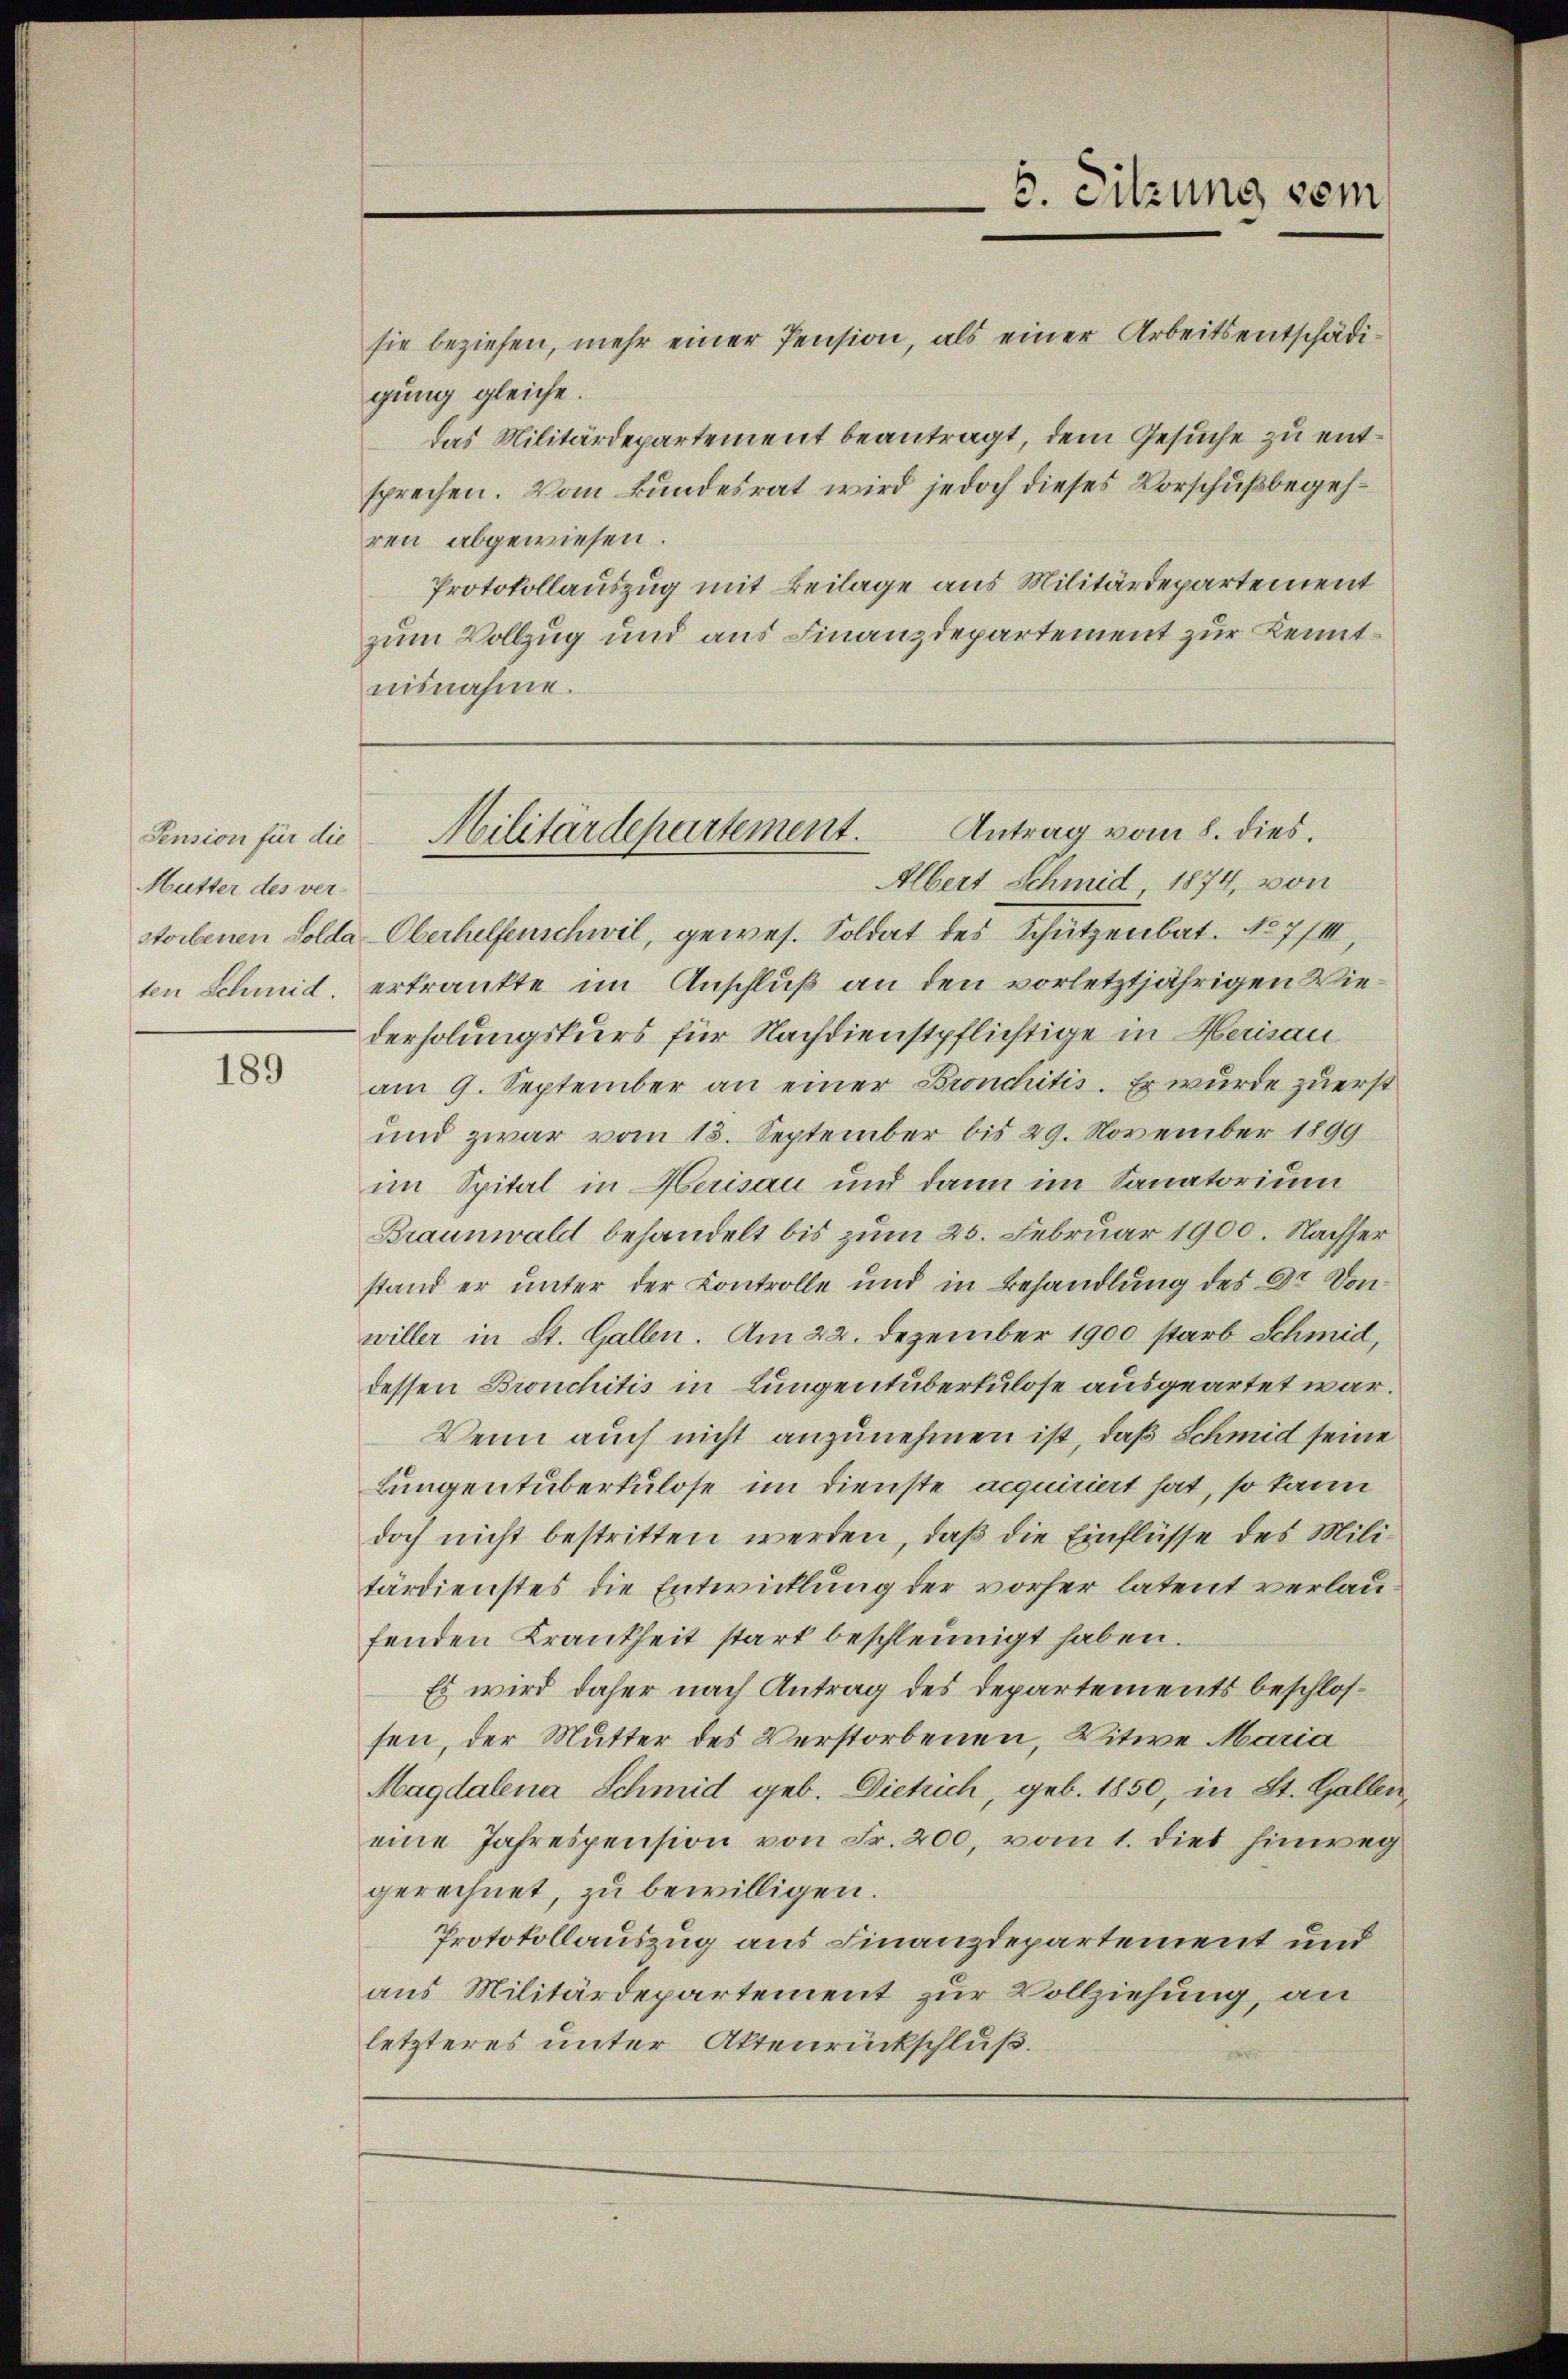
Mutter des ver¬

189

sie beziehen, mehr einer Pension, als einer Arbeitsentschädigung gleiche.
das Militärdepartement beantragt, dem Gesuche zu entsprechen. Vom Bundesrat wird jedoch dieses Vorschußbegehren abgewiesen.
Protokollauszug mit Beilage aus Militärdepartement
zum Vollzug und aus Finanzdepartement zur Kenntnisnahme.

6. Sitzung sein

Albert Schmid 1874, von
storbenen Solda-Oberhelfenschwil, gewes. Soldat des Schützenbat. No 7/III,
ten Schmid, erkrankte im Anschluß an den vorletztjährigen Wiederholungskurs für Nachdienstpflichtige in Herisau
am 9. September an einer Bronchitis. Er wurde zuerst
und zwar vom 13. September bis 29. November 1899
im Spital in Herisau und dann im Sanatorium
Braunwald behandelt bis zum 25. Februar 1900. Nachher
stand er unter der Controlle und in Behandlung des Dr. Vonwiller in St. Gallen. Am 22. Dezember 1900 starb Schmid,
dessen Bronchitis in Lungentuberkulose ausgeartet war.
Wenn auch nicht anzunehmen ist, daß Schmid seine
Lungentuberkulose im Dienste acquiriert hat, so kann
doch nicht bestritten werden, daß die Einflüsse des Militärdienstes die Entwicklung der vorher latent verlaufenden Krankheit stark beschleunigt haben.
Es wird daher nach Antrag des Departements beschlossen, der Mutter des Verstorbenen, Witwe Maria
Magdalena Schmid geb. Dietrich, geb. 1850, in St. Gallen,
eine Jahrespension von Fr. 200, vom 1. die hinweg
gerechnet, zu bewilligen.
Protokollauszug aus Finanzdepartement und
aus Militärdepartement zur Vollziehung, an
letzteres unter Aktenrückschluß.

Antrag vom 8. dies.
Pension für die Militärdepartement.